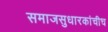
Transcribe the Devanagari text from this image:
समाजसुधारकांचीच